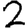
Digit: 2